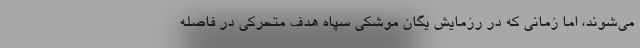
می‌شوند، اما زمانی که در رزمایش یگان موشکی سپاه هدف متحرکی در فاصله